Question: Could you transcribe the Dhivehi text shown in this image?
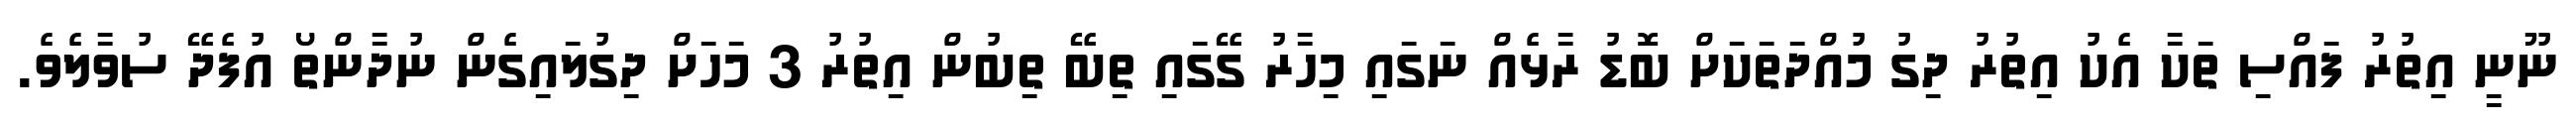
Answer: ނޫނީ އިތުރު ފައްސި ތަކާ އެކު އިތުރު ދިގު މުއްދަތަކަށް ބޮޑު ރާޅެއް ނަގައި މިހާރު ގޭގައި ތިބޭ ތިބުން އިތުރު 3 މަހަށް ދިގުލައިގެން ނުދާންތޯ އުފެދޭ ސުވާލެވެ.